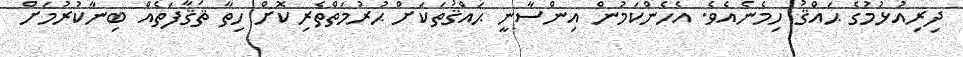
ދިރިއުޅުމުގެ ޙައްޤު ހިމެނެއެވެ. އެހެންކަމުން އިންސާނީ ޙައްޤުތަކަށް ޙުރުމަތްތެރިކޮށް ހިތާ ޘަޤާފަތެއް ބިނާކުރުމަށް